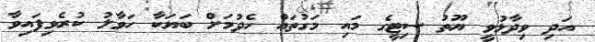
އަދި ވިދާޅުވީ ޔޫތު ސިޓީގެ މައި މަގުތައް ހެދުމަށް ބަޔަކާ ހަވާލު ކުރެވިފައިވާ